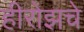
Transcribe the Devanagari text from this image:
हीरोझचे